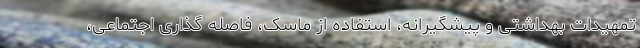
تمهیدات بهداشتی و پیشگیرانه، استفاده از ماسک، فاصله گذاری اجتماعی،